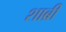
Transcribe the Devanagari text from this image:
शाब्री